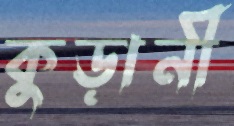
কুড়ানী